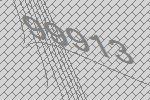
99913